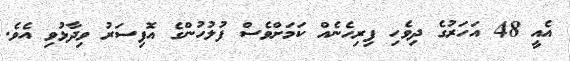
އެއީ 48 އަހަރުގެ ދިވެހި ފިރިހެނެއް ކަމަށްވެސް ފުލުހުންގެ އޮފިސަރު ވިދާޅުވި އެވެ.